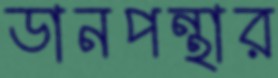
ডানপন্থার